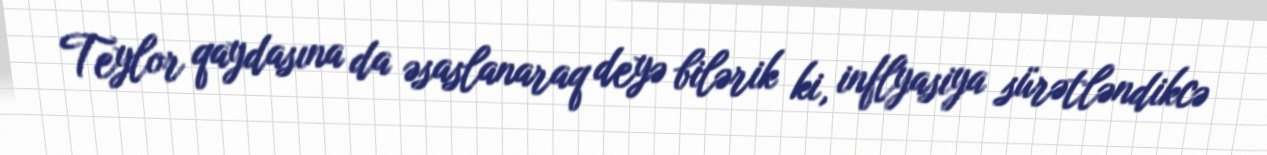
Teylor qaydasına da əsaslanaraq deyə bilərik ki, inflyasiya sürətləndikcə